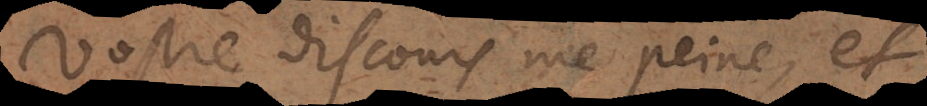
Vostre discours me peine, et